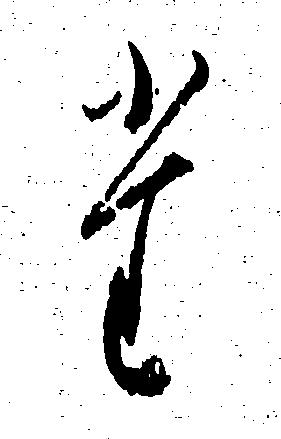
た